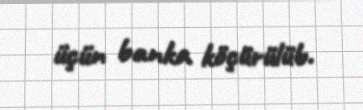
üçün banka köçürülüb.